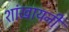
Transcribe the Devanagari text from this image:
शांखायनी